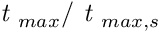
\textit { t } _ { m a x } / \textit { t } _ { m a x , s }